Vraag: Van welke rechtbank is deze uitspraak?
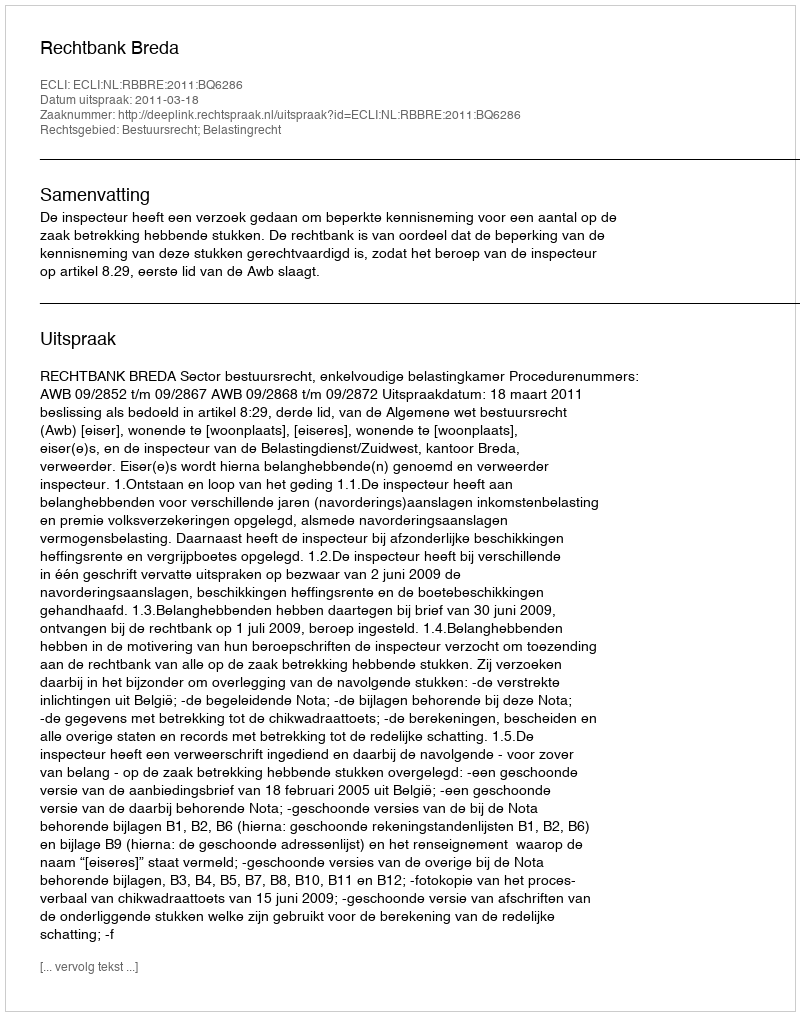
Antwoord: Rechtbank Breda